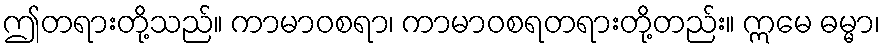
ဤတရားတို့သည်။ ကာမာဝစရာ၊ ကာမာဝစရတရားတို့တည်း။ ဣမေ ဓမ္မာ၊